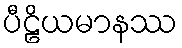
ပီဠိယမာနဿ